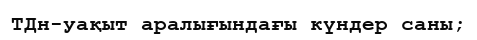
TДн-уақыт аралығындағы күндер саны;